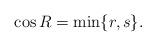
LaTeX: \begin{align*}\cos R = \min \{ r, s \}.\end{align*}